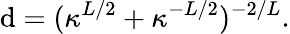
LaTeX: \mathrm{d}=(\kappa^{L/2}+\kappa^{-L/2})^{-2/L}.